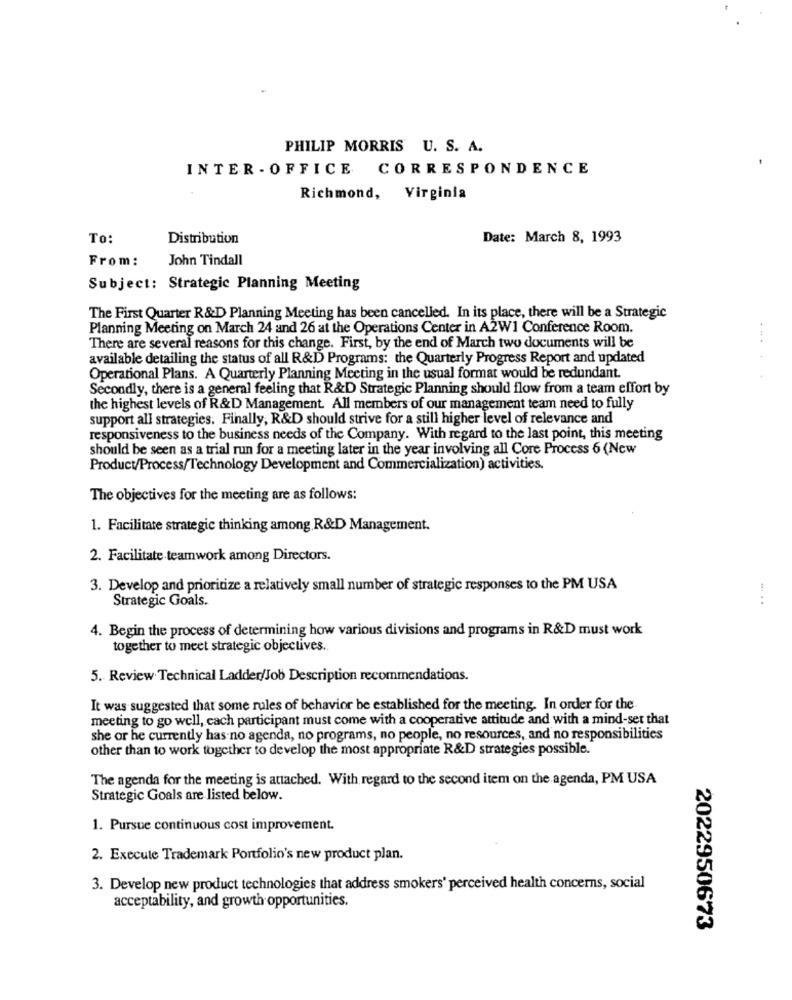
PHILIP MORRIS U. S. A.
INTER - OFFICE CORRESPONDENCE
Richmond, Virginia
To:
Distribution
Date: March 8, 1993
From:
John Tindall
Subject: Strategic Planning Meeting
The First Quarter R&D Planning Meeting has been cancelled. In its place, there will be a Strategic
Planning Meeting on March 24 and 26 at the Operations Center in A2W1 Conference Room.
There are several reasons for this change. First, by the end of March two documents will be
available detailing the status of all R&D Programs: the Quarterly Progress Report and updated
Operational Plans. A Quarterly Planning Meeting in the usual format would be redundant.
Secondly, there is a general feeling that R&D Strategic Planning should flow from a team effort by
the highest levels of R&D Management. All members of our management team need to fully
support all strategies. Finally, R&D should strive for a still higher level of relevance and
responsiveness to the business needs of the Company. With regard to the last point, this meeting
should be seen as a trial run for a meeting later in the year involving all Core Process 6 (New
Product/Process/Technology Development and Commercialization) activities.
The objectives for the meeting are as follows:
1. Facilitate strategic thinking among R&D Management.
2. Facilitate teamwork among Directors.
3. Develop and prioritize a relatively small number of strategic responses to the PM USA
Strategic Goals.
....
4. Begin the process of determining how various divisions and programs in R&D must work
together to meet strategic objectives ..
5. Review Technical Ladder/Job Description recommendations.
It was suggested that some rules of behavior be established for the meeting. In order for the
meeting to go well, cach participant must come with a cooperative attitude and with a mind-set that
she or he currently has no agenda, no programs, no people, no resources, and no responsibilities
other than to work together to develop the most appropriate R&D strategies possible.
The agenda for the meeting is attached. With regard to the second item on the agenda, PM USA
Strategic Goals are listed below.
1. Pursue continuous cost improvement.
2. Execute Trademark Portfolio's new product plan.
3. Develop new product technologies that address smokers' perceived health concerns, social
acceptability, and growth opportunities.
2022950673